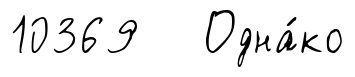
10369 Одна́ко